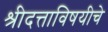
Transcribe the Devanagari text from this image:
श्रीदत्ताविषयीचे